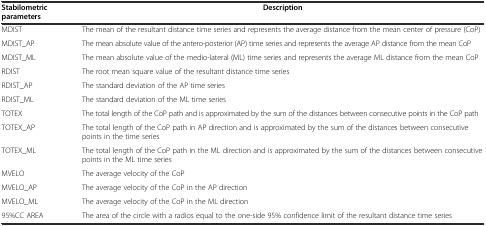
| Stabilometric parameters | Description |
 | --- | --- |
 | MDIST | The mean of the resultant distance time series and represents the average distance from the mean center of pressure (CoP) |
 | MDIST_AP | The mean absolute value of the antero-posterior (AP) time series and represents the average AP distance from the mean CoP |
 | MDIST_ML | The mean absolute value of the medio-lateral (ML) time series and represents the average ML distance from the mean CoP |
 | RDIST | The root mean square value of the resultant distance time series |
 | RDIST_AP | The standard deviation of the AP time series |
 | RDIST_ML | The standard deviation of the ML time series |
 | TOTEX | The total length of the CoP path and is approximated by the sum of the distances between consecutive points in the CoP path |
 | TOTEX_AP | The total length of the CoP path in AP direction and is approximated by the sum of the distances between consecutive points in the time series |
 | TOTEX_ML | The total length of the CoP path in the ML direction and is approximated by the sum of the distances between consecutive points in the ML time series |
 | MVELO | The average velocity of the CoP |
 | MVELO_AP | The average velocity of the CoP in the AP direction |
 | MVELO_ML | The average velocity of the CoP in the ML direction |
 | 95%CC AREA | The area of the circle with a radios equal to the one-side 95% confidence limit of the resultant distance time series |